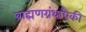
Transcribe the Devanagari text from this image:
ब्राह्मणग्रंथांपैकी